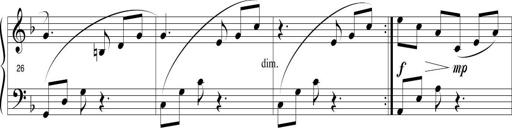
Title: Sonatina in D minor
Composer: Paul Csige
Key: D minor